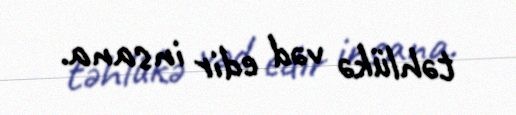
təhlükə vəd edir insana.